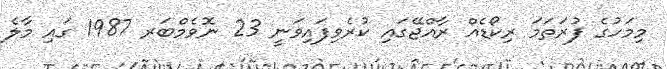
މިމަހުގެ ފުރަތަމަ ރިކޯޑެއް ރާއްޖޭގައި ކުރެވިފައިވަނީ 23 ނޮވެމްބަރ 1987 ގައި މާލެ